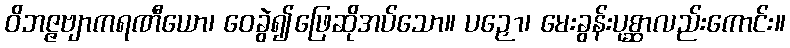
ဝိဘဇ္ဇဗျာကရဏီယော၊ ဝေခွဲ၍ဖြေဆိုအပ်သော။ ပဉှော၊ မေးခွန်းပုစ္ဆာလည်းကောင်း။